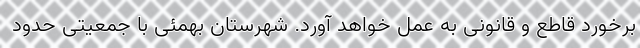
برخورد قاطع و قانونی به عمل خواهد آورد. شهرستان بهمئی با جمعیتی حدود